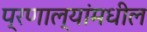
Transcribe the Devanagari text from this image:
प्रणाल्यांमधील